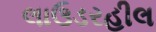
લાઉડરહીલ